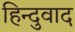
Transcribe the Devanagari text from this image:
हिन्दुवाद